Lunatic asylums in Bengal annual reports 1888-1898 - 1888-1898
Year: 1888
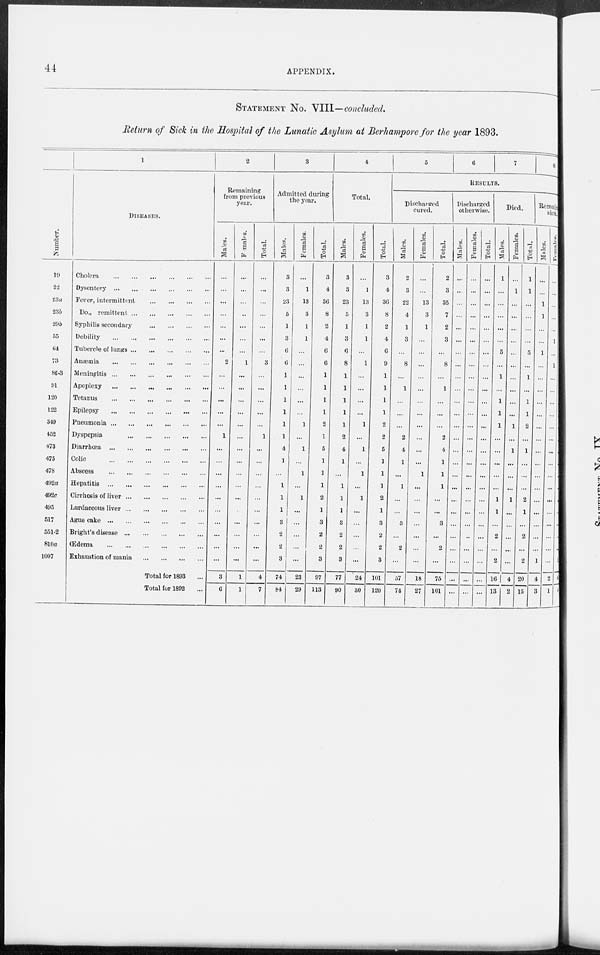
44
APPENDIX.
STATEMENT No. VIII—concluded.
Return of Sick in the Hospital of the Lunatic Asylum at Berhampore for the year 1893.
Number.
19
22
23a
23b
29b
55
64
73
86-3
91
120
122
349
452
473
475
478
492a
492c
495
517
551-2
810a
1007
1
DISEASES.
Cholera
...
...
...
...
...
...
Dysentery
...
...
...
...
...
...
Fever, intermittent
...
...
...
...
Do., remittent
...
...
...
...
...
Syphilis secondary
...
...
...
...
Debility
...
...
...
...
...
...
Tubercle of lungs
...
...
...
...
...
Anaemia
...
...
...
...
...
...
Meningitis
...
...
...
...
...
...
Apoplexy
...
...
...
...
...
...
Tetanus
...
...
...
...
...
...
Epilepsy
...
...
...
...
...
...
Pneumonia
...
...
...
...
...
...
Dyspepsia
...
...
...
...
...
Diarrhoea
...
...
...
...
...
...
Colic
...
...
...
...
...
...
Abscess
...
...
...
...
...
...
Hepatitis
...
...
...
...
...
...
Cirrhosis of liver
...
...
...
...
...
Lardaceous liver
...
...
...
...
...
Ague cake
...
...
...
...
...
...
Bright's disease
...
...
...
...
...
Œdema
...
...
...
...
...
...
Exhaustion of mania
...
...
...
...
Total for 1893 ...
Total for 1892 ...
2
Remaining
from previous
year.
Males.
...
...
...
...
...
...
...
2
...
...
...
...
...
1
...
...
...
...
...
...
...
...
...
...
3
6
Females.
...
...
...
..
...
...
...
1
...
...
...
...
...
...
...
...
...
...
...
...
...
...
...
...
1
1
Total.
...
...
...
...
...
...
...
3
...
...
...
...
...
1
...
...
...
...
...
...
...
...
...
...
4
7
3
Admitted during
the year.
Males.
3
3
23
5
1
3
6
6
1
1
1
1
1
1
4
1
...
1
1
1
3
2
2
3
74
84
Females.
...
1
13
3
1
1
...
...
...
...
...
...
1
...
1
...
1
...
1
...
...
...
...
...
23
29
Total.
3
4
36
8
2
4
6
6
1
1
1
1
2
1
5
1
1
1
2
1
3
2
2
3
97
113
4
Total.
Males.
3
3
23
5
1
3
6
8
1
1
1
1
1
2
4
1
...
1
1
1
3
2
2
3
77
90
Females.
...
1
13
3
1
1
...
1
...
...
...
...
1
...
1
...
1
...
1
...
...
...
...
...
24
30
Total.
3
4
36
8
2
4
6
9
1
1
1
1
2
2
5
1
1
1
2
1
3
2
2
3
101
120
5
6
7
8
9
RESULTS.
Discharged
cured.
Males.
2
3
22
4
1
3
...
8
...
1
...
...
...
2
4
1
...
1
...
...
3
...
2
...
57
74
Females.
...
...
13
3
1
...
...
...
...
...
...
...
...
...
...
...
1
...
...
...
...
...
...
...
18
27
Total.
2
3
35
7
2
3
...
8
...
1
...
...
...
2
4
1
1
1
...
...
3
...
2
...
75
101
Discharged
otherwise.
Males.
...
...
...
...
...
...
...
...
...
...
...
...
...
...
...
...
...
...
...
...
...
...
...
...
...
...
Females.
...
...
...
...
...
...
...
...
...
...
...
...
...
...
...
...
...
...
...
...
...
...
...
...
...
...
Total.
...
...
...
...
...
...
...
...
...
...
...
...
...
...
...
...
...
...
...
...
...
...
...
...
...
...
Died.
Males.
1
...
...
...
...
...
5
...
1
...
1
1
1
...
...
...
...
...
1
1
...
2
...
2
16
13
Females.
...
1
...
...
...
...
...
...
...
...
...
...
1
...
1
...
...
...
1
...
...
...
...
...
4
2
Total.
1
1
...
...
...
...
5
...
1
...
1
1
2
...
1
...
...
...
2
1
...
2
...
2
20
15
Remaining
sick
Males.
...
...
1
1
...
...
1
...
...
...
...
...
...
...
...
...
...
...
...
...
...
...
...
1
4
3
Fe ma l
e s .
...
...
...
...
...
1
...
1
...
...
...
...
...
...
...
...
...
...
...
...
...
...
...
...
2
1
Total.
1
1
1
1
1
...
...
...
...
...
...
...
...
...
...
...
...
...
...
...
1
6
4